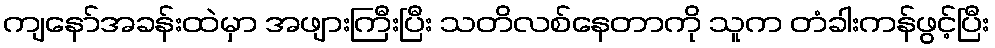
ကျနော်အခန်းထဲမှာ အဖျားကြီးပြီး သတိလစ်နေတာကို သူက တံခါးကန်ဖွင့်ပြီး